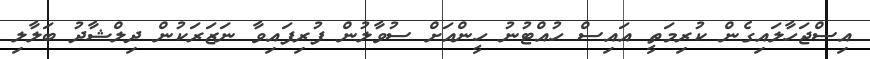
އިސްޖަހާލައިގެން ކުރިމަތީ އައިސް ހުއްޓުނު ހީންއަށް ސުވާލުުން ފުރިފައިވާ ނަޒަރަކުން ދިލްޝާދު ބަލާލި